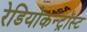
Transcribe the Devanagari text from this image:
रेडियोकन्ट्रॉस्ट